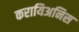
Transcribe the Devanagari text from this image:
करायिअनिस